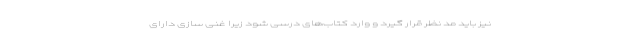
نیز باید مد نظر قرار گیرد و وارد کتاب‌های درسی شود زیرا غنی سازی دارای